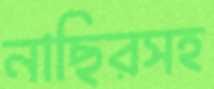
নাছিরসহ